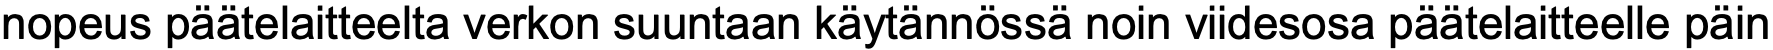
nopeus päätelaitteelta verkon suuntaan käytännössä noin viidesosa päätelaitteelle päin